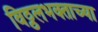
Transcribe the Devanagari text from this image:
विठ्ठलभक्ताच्या